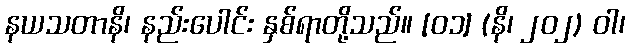
နယသတာနိ၊ နည်းပေါင်း နှစ်ရာတို့သည်။ [၀၁] (နိ၊ ၂၀၂) ဝါ၊